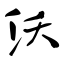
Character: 沃